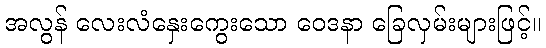
အလွန် လေးလံနှေးကွေးသော ဝေဒနာ ခြေလှမ်းများဖြင့်။